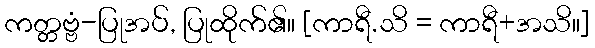
ကတ္တဗ္ဗံ-ပြုအပ်, ပြုထိုက်၏။ [ကာရီ.သိ = ကာရီ+အသိ။]